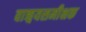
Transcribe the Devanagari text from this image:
वाङ्मयसमीक्षक